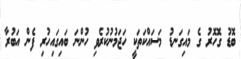
ބޮޑު ގޮހޮރު ގެ މައިގަނޑު މަސައްކަތަކީ ހަޖަމުނުކުރެވި ހުންނަ ބައިގައިހުރި ފެން އަބުރާ